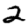
Digit: 2